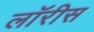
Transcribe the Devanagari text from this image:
लॉरीस